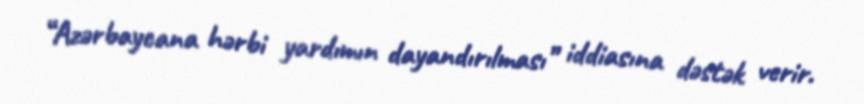
“Azərbaycana hərbi yardımın dayandırılması” iddiasına dəstək verir.